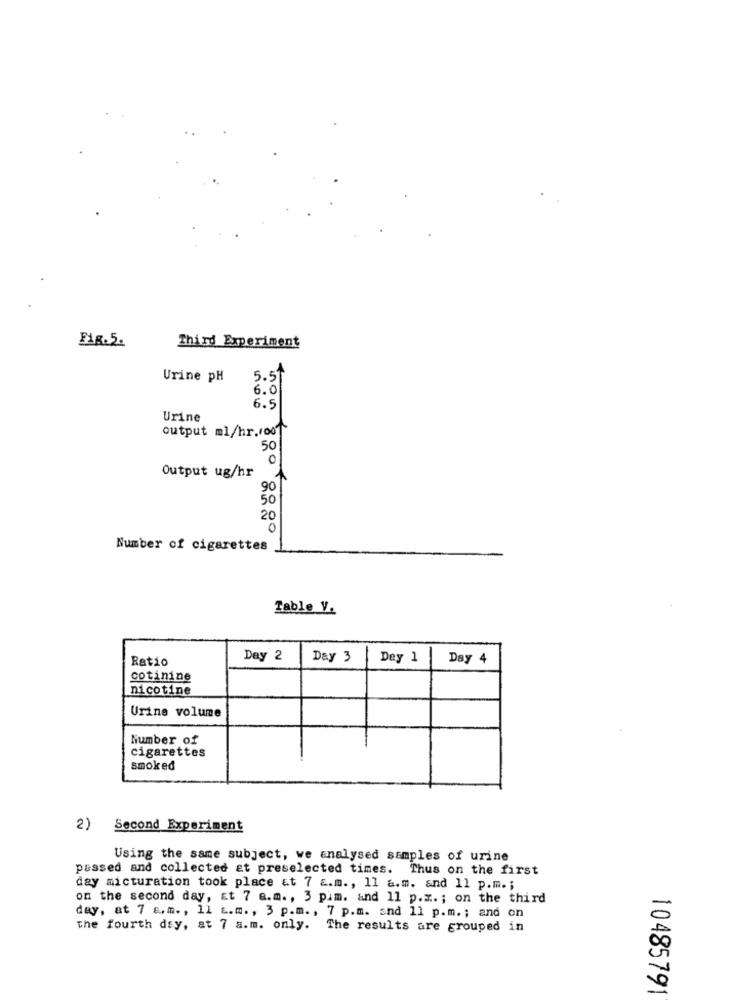
Fig.5.
Third Experiment
Urine pH
5.51
6.0
6.5
Urine
output ml/hr.roof
50
0
Output ug/hr
90
50
20
0
Number of cigarettes
Table V.
Ratio
Day 2
Day 3
Dey 1
Day 4
cotinine
nicotine
Urine volume
Number of
cigarettes
smoked
2)
Second Experiment
Using the same subject, we analysed samples of urine
pussed and collected at preselected times.
Thus on the first
day micturation took place at 7 a.m ., 1l a.m. and 11 p.m .;
on the second day, Et 7 a.m ., 3 pim. and 11 p.x. ; on the third
day, at 7 6. m. , 1l &.m ., 3 p.m. , 7 p.m. and 11 p.m. ; and on
the fourth day, at 7 a.m. only. The results are grouped in
10485791